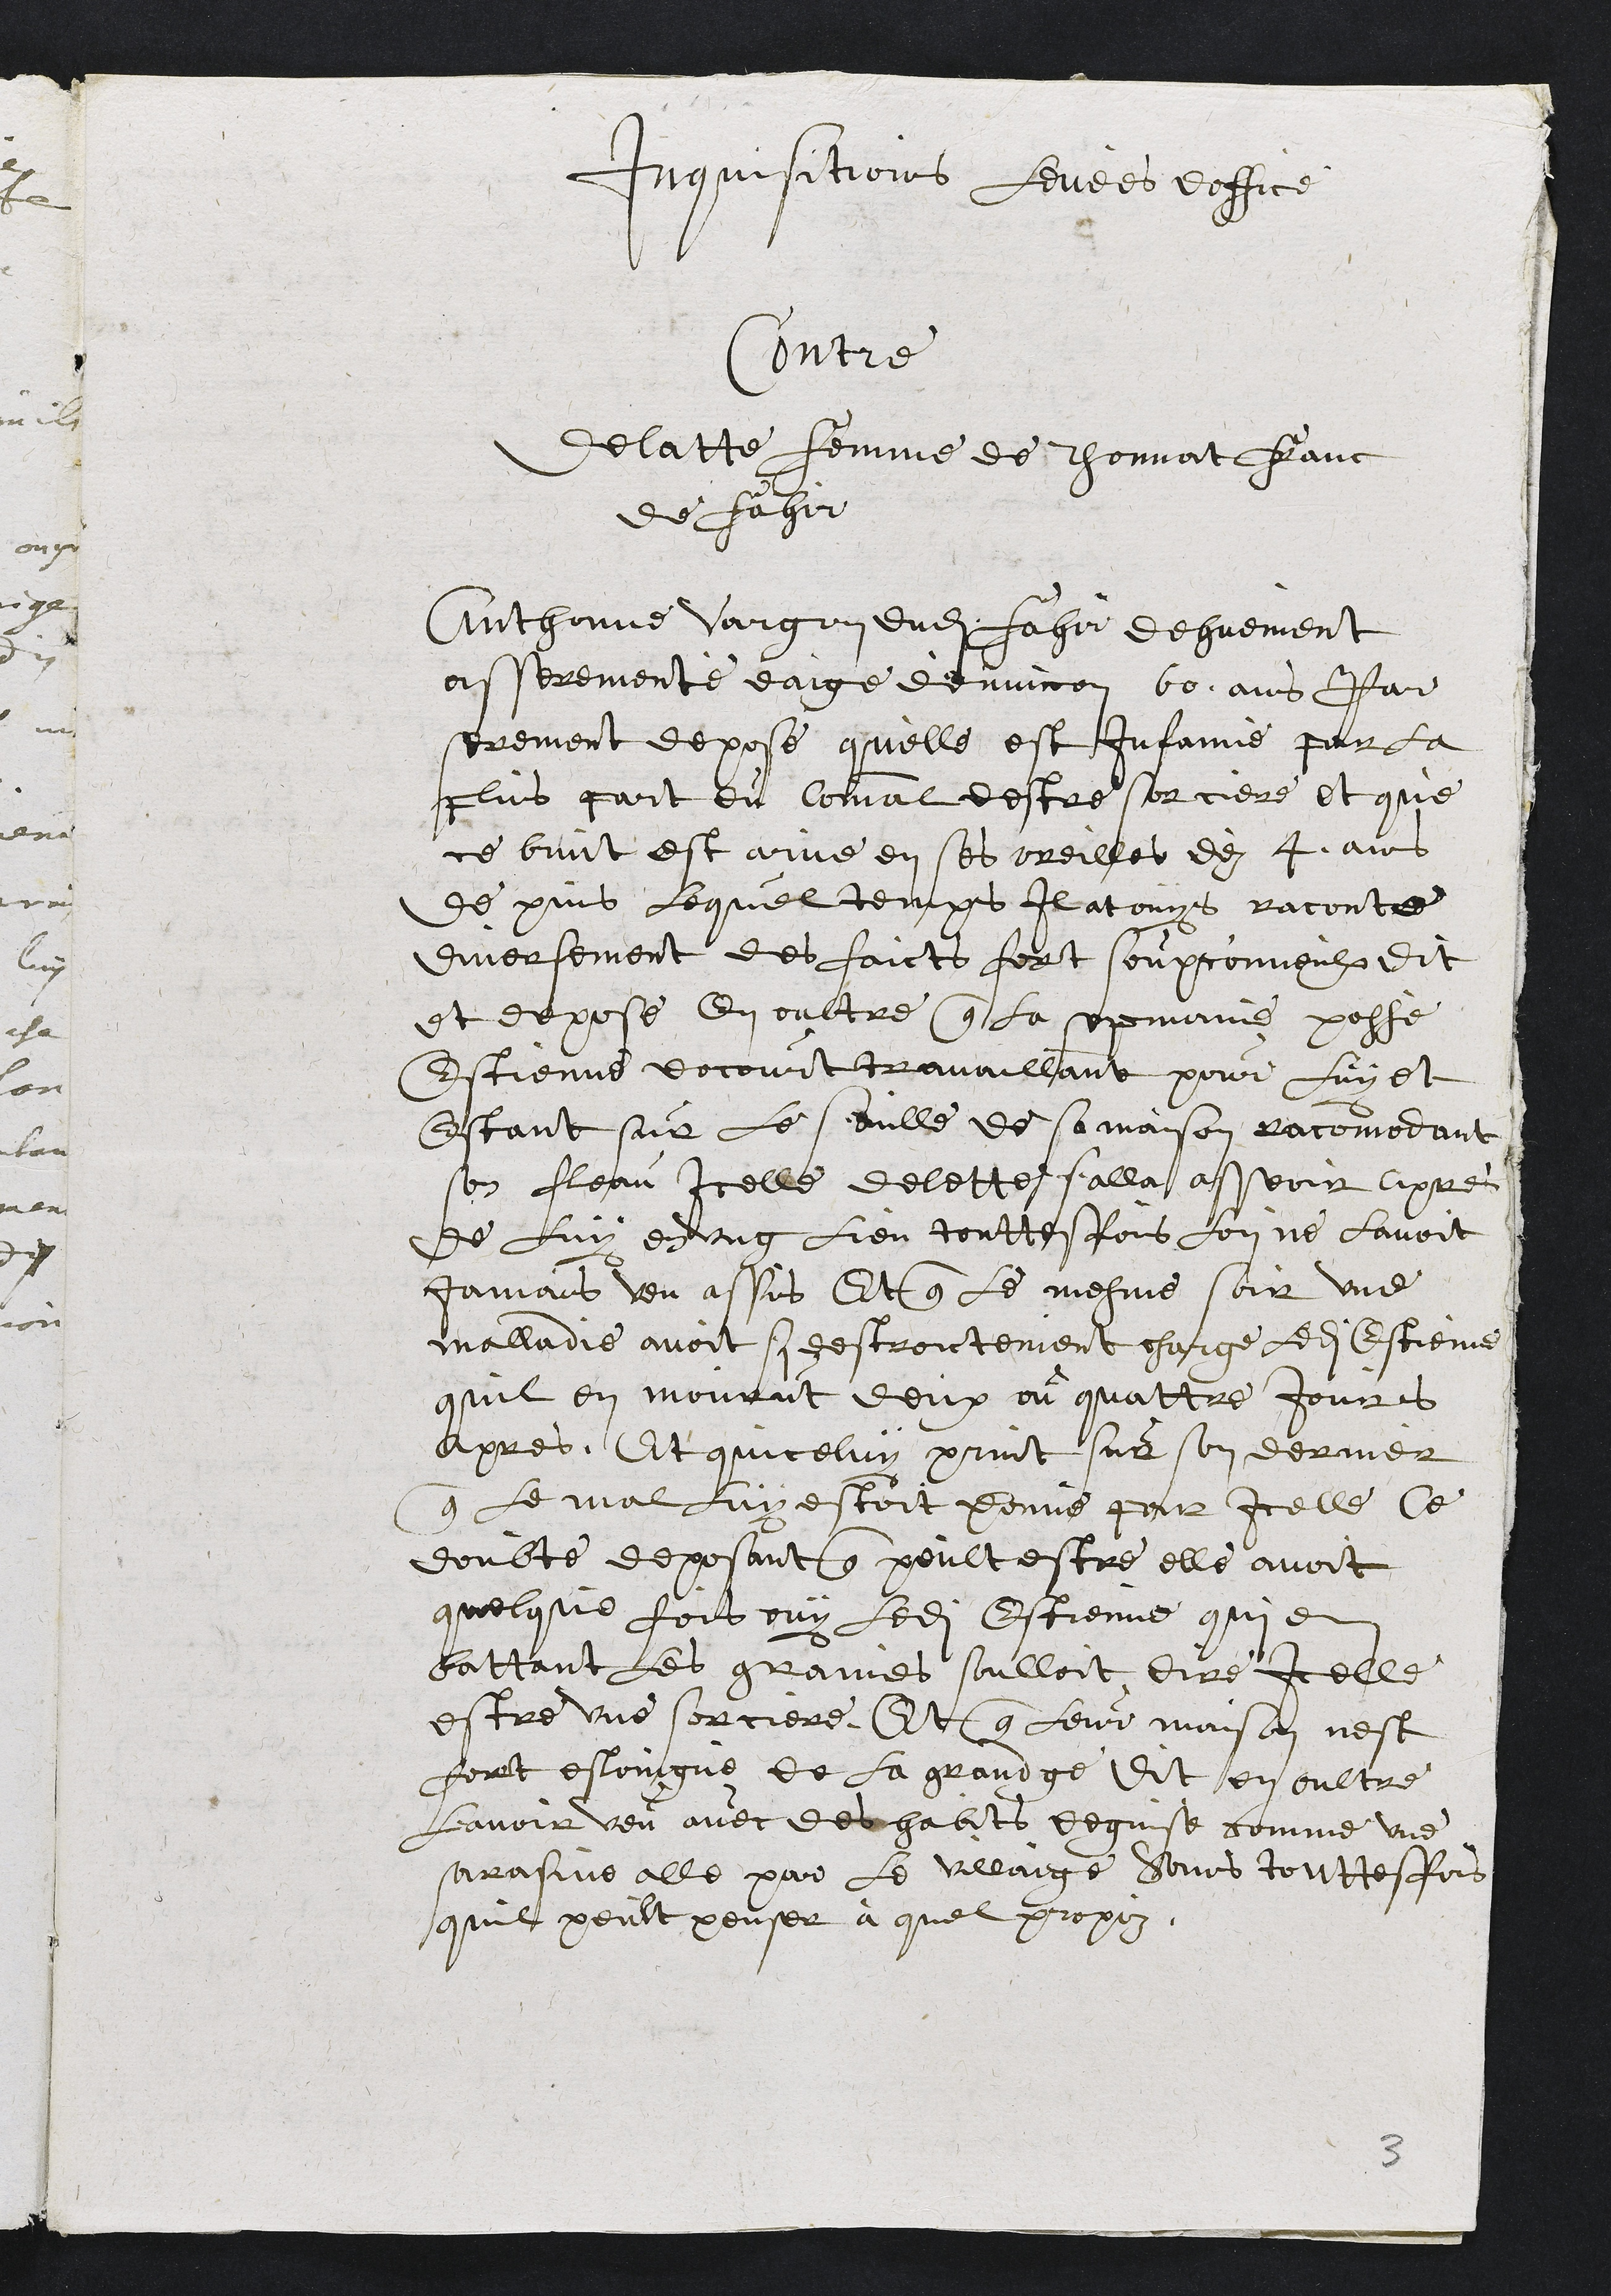
Inquisitions levees doffice,
Contre
Delatte femme de Thonnat Franc
de Fahir
Anthonne Vargon dudit Fahir dehuement
asserementé eaige d'environ 60 ans Par
serement depose quelle est Infamie par la
plus part du Comal destre sorciere et que
ce bruit est arive en ses oreilles dez 4 ans
de puis lequel temps Il at ouys raconte
diversement des faicts fort soupconneulx dit
et depose en oultre que la sepmaine passè
Estienne docourt travaillant pour luy et
Estant sur le seulle de sa maison racomodant
son fleau Icelle delette salla asseoir apres
de luy en ung lieu touttesfois lon ne lavoit
jamais veu assis Et que le mesme soir une
malladie avoit si destroictement charge ledit Estienne
quil en mourut deux ou quattre jours
apres. Et quiceluy print sur son dernier
que le mal luy estoit Donne par icelle Ce
doubte deposant que peult estre elle avoit
quelque fois ouy ledit Estienne qui en
battant les graines soulloit dire Icelle
estre une sorciere, Et que leur maison nest
fort esloingné de la grandge dit en oultre
lavoir veu avec de habits deguisé comme une
sarasine alle par le villaige Sans touttesfois
quil peult penser à quel propoz.